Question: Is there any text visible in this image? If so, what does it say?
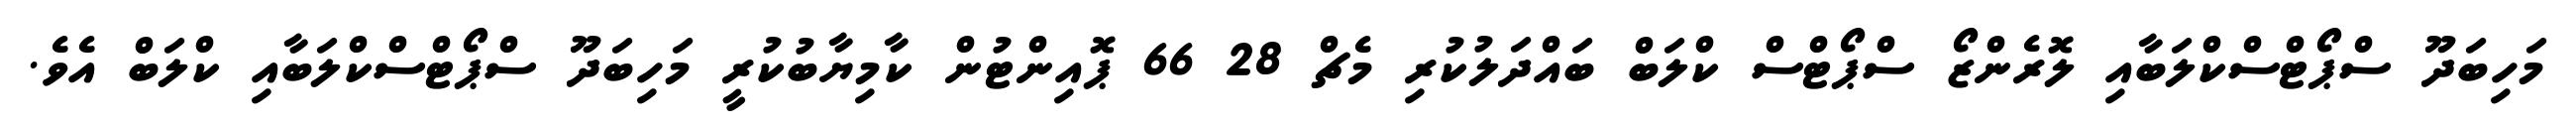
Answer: މަހިބަދޫ ސްޕޯޓްސްކްލަބާއި ލޮރެންޒޯ ސްޕޯޓްސް ކްލަބް ބައްދަލުކުރި މެޗް 28 66 ޕޮއިންޓުން ކާމިޔާބުކުރީ މަހިބަދޫ ސްޕޯޓްސްކްލަބާއި ކްލަބް އެވެ.